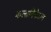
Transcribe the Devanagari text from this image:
कलानिकेतन